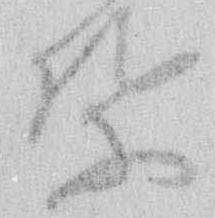
葉